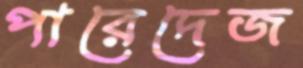
পারেদেজ